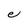
Character: e